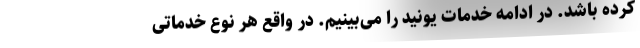
کرده باشد. در ادامه خدمات یونید را می‌بینیم. در واقع هر نوع خدماتی